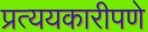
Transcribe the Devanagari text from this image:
प्रत्ययकारीपणे